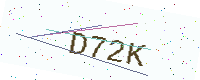
Text: D72K